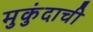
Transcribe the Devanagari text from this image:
मुकुंदाची